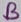
Text: B